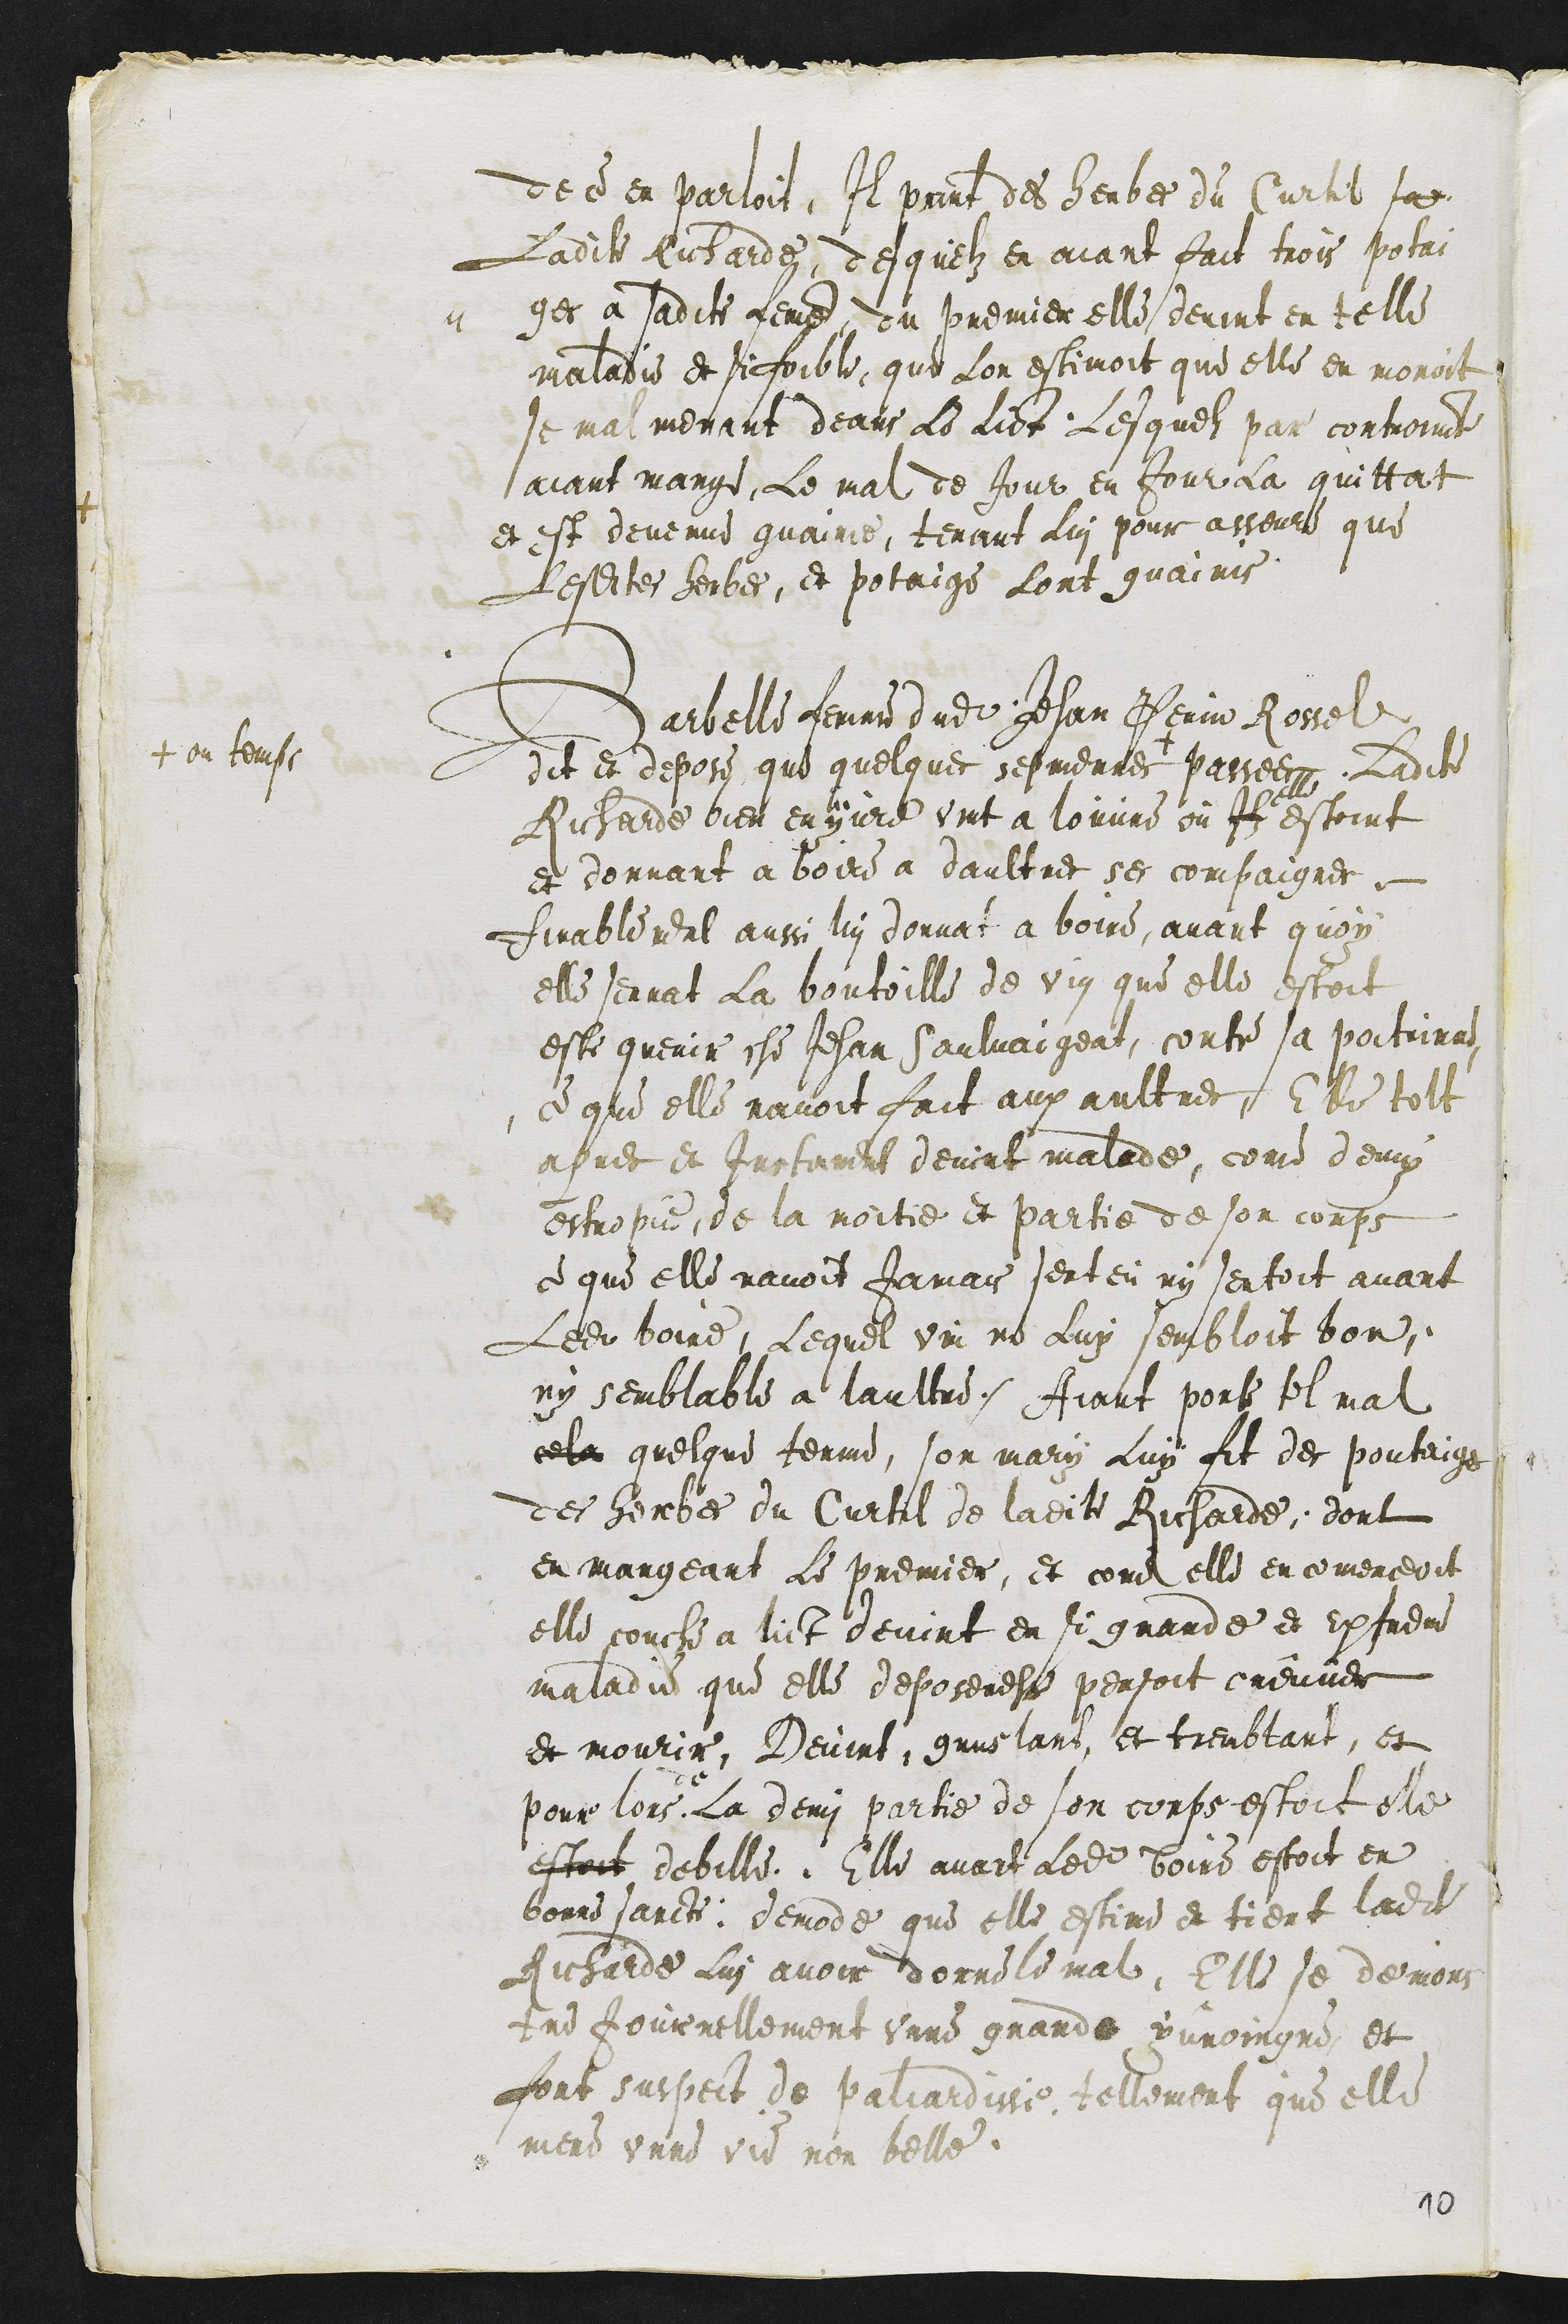
de ce en parloit, Il print des herbes du Curtil sa
Ladite Richarde desquelz en aiant fait trois potai
ges a sadite feme, du premier elle devint en telle
maladie et si foible, que Lon estimoit que elle en moroit
se malmenant deans Le lict Lesquelz par controincte
aiant mange, Le mal de Jour en Jour la quittat
et est devenue guairie, tenant Lui pour asseure que
Lesdites herbes, et potaige Lont guairis
Barbelle femme dudit Jehan Perin Rossel
dit et depose que quelques sepmennes +
+ ou temps
passees, Ladite
Richarde bien enyvre vint a louvre ou Ilz
elle
estoint
et donnant a boire a daultres ses compaignes
finablement aussi lui donnat a boire, avant quoy
elle serrat La boutoille de vin que elle estoit
este querir che Jehan Saulvaigeat, contre sa poitrinne
ce que elle navoit fait aux aultres, Elle tolt
apres et Instament devint malade, come demy
estropie de la moitie et partie de son corps
ce que elle navoit Jamais senteu ny sentoit avant
Ledit boire, Lequel vin ne Luy sembloit bon,
ny semblable a laultre. Aiant porte tel mal
cela quelque terme, son mary luy fit des poutaiges
des herbes du Curtil de ladite Richarde, dont
en mangeant Le premier, et come elle en comenceoit
elle couche a lict devint en si grande et extreme
maladie que elle deposeresse pensoit creuver
et mourir, Devint, gruslant, et tremblant, et
pour lors
de
La demi partie de son corps estoit elle
estoit debille. Elle avant Ledit boire estoit en
bonne sancte demode que elle estime et tient ladite
Richarde Lui avoir donne le mal, elle se demons
tre Journellement unne grande yvroingne et
fort suspect de paliardisse tellement que elle
mene unne vie non belle.
10